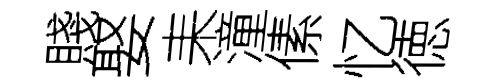
賤娶耒潼傃忆徳